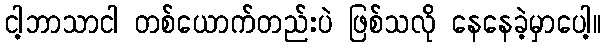
ငါ့ဘာသာငါ တစ်ယောက်တည်းပဲ ဖြစ်သလို နေနေခဲ့မှာပေါ့။